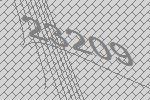
23209